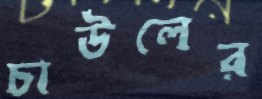
চাউলের